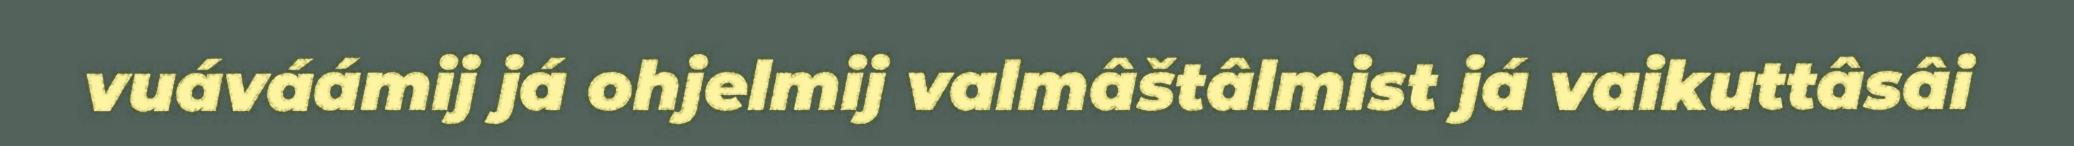
vuáváámij já ohjelmij valmâštâlmist já vaikuttâsâi